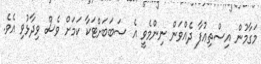
މަގާމުން އިސްތިޢުފާ ދެއްވަން ނިންމެވީ އެ ސަބަބަށްޓަކާ ކަމަށް ވެސް ވިދާޅުވި އެވެ.